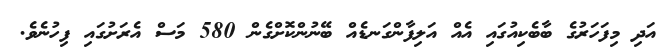
އަދި މިފަހަރުގެ ބާބެކިއުގައި އެއް އަލިފާންގަނޑެއް ބޭނުންކޮށްގެން 580 މަސް އެރަށުގައި ފިހުނެވެ.